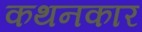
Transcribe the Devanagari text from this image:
कथनकार